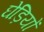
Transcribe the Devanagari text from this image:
घेड़ियों